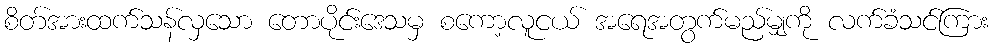
စိတ်အားထက်သန်လှသော တောပိုင်းဒေသမှ စကော့လူငယ် အရေအတွက်မည်မျှကို လက်ခံသင်ကြား